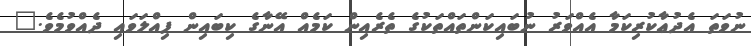
ނުވަތަ އެދުޢާކުރިކަމާ އެއްވަރު ނުބައިކަންތައްތަކުގެ ތެރެއިން ކަމެއް އޭނާގެ ކިބައިން ފިއްލަވައި ދެއްވުމެވެ."